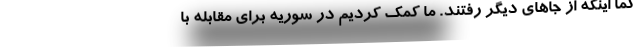
کما اینکه از جاهای دیگر رفتند. ما کمک کردیم در سوریه برای مقابله با